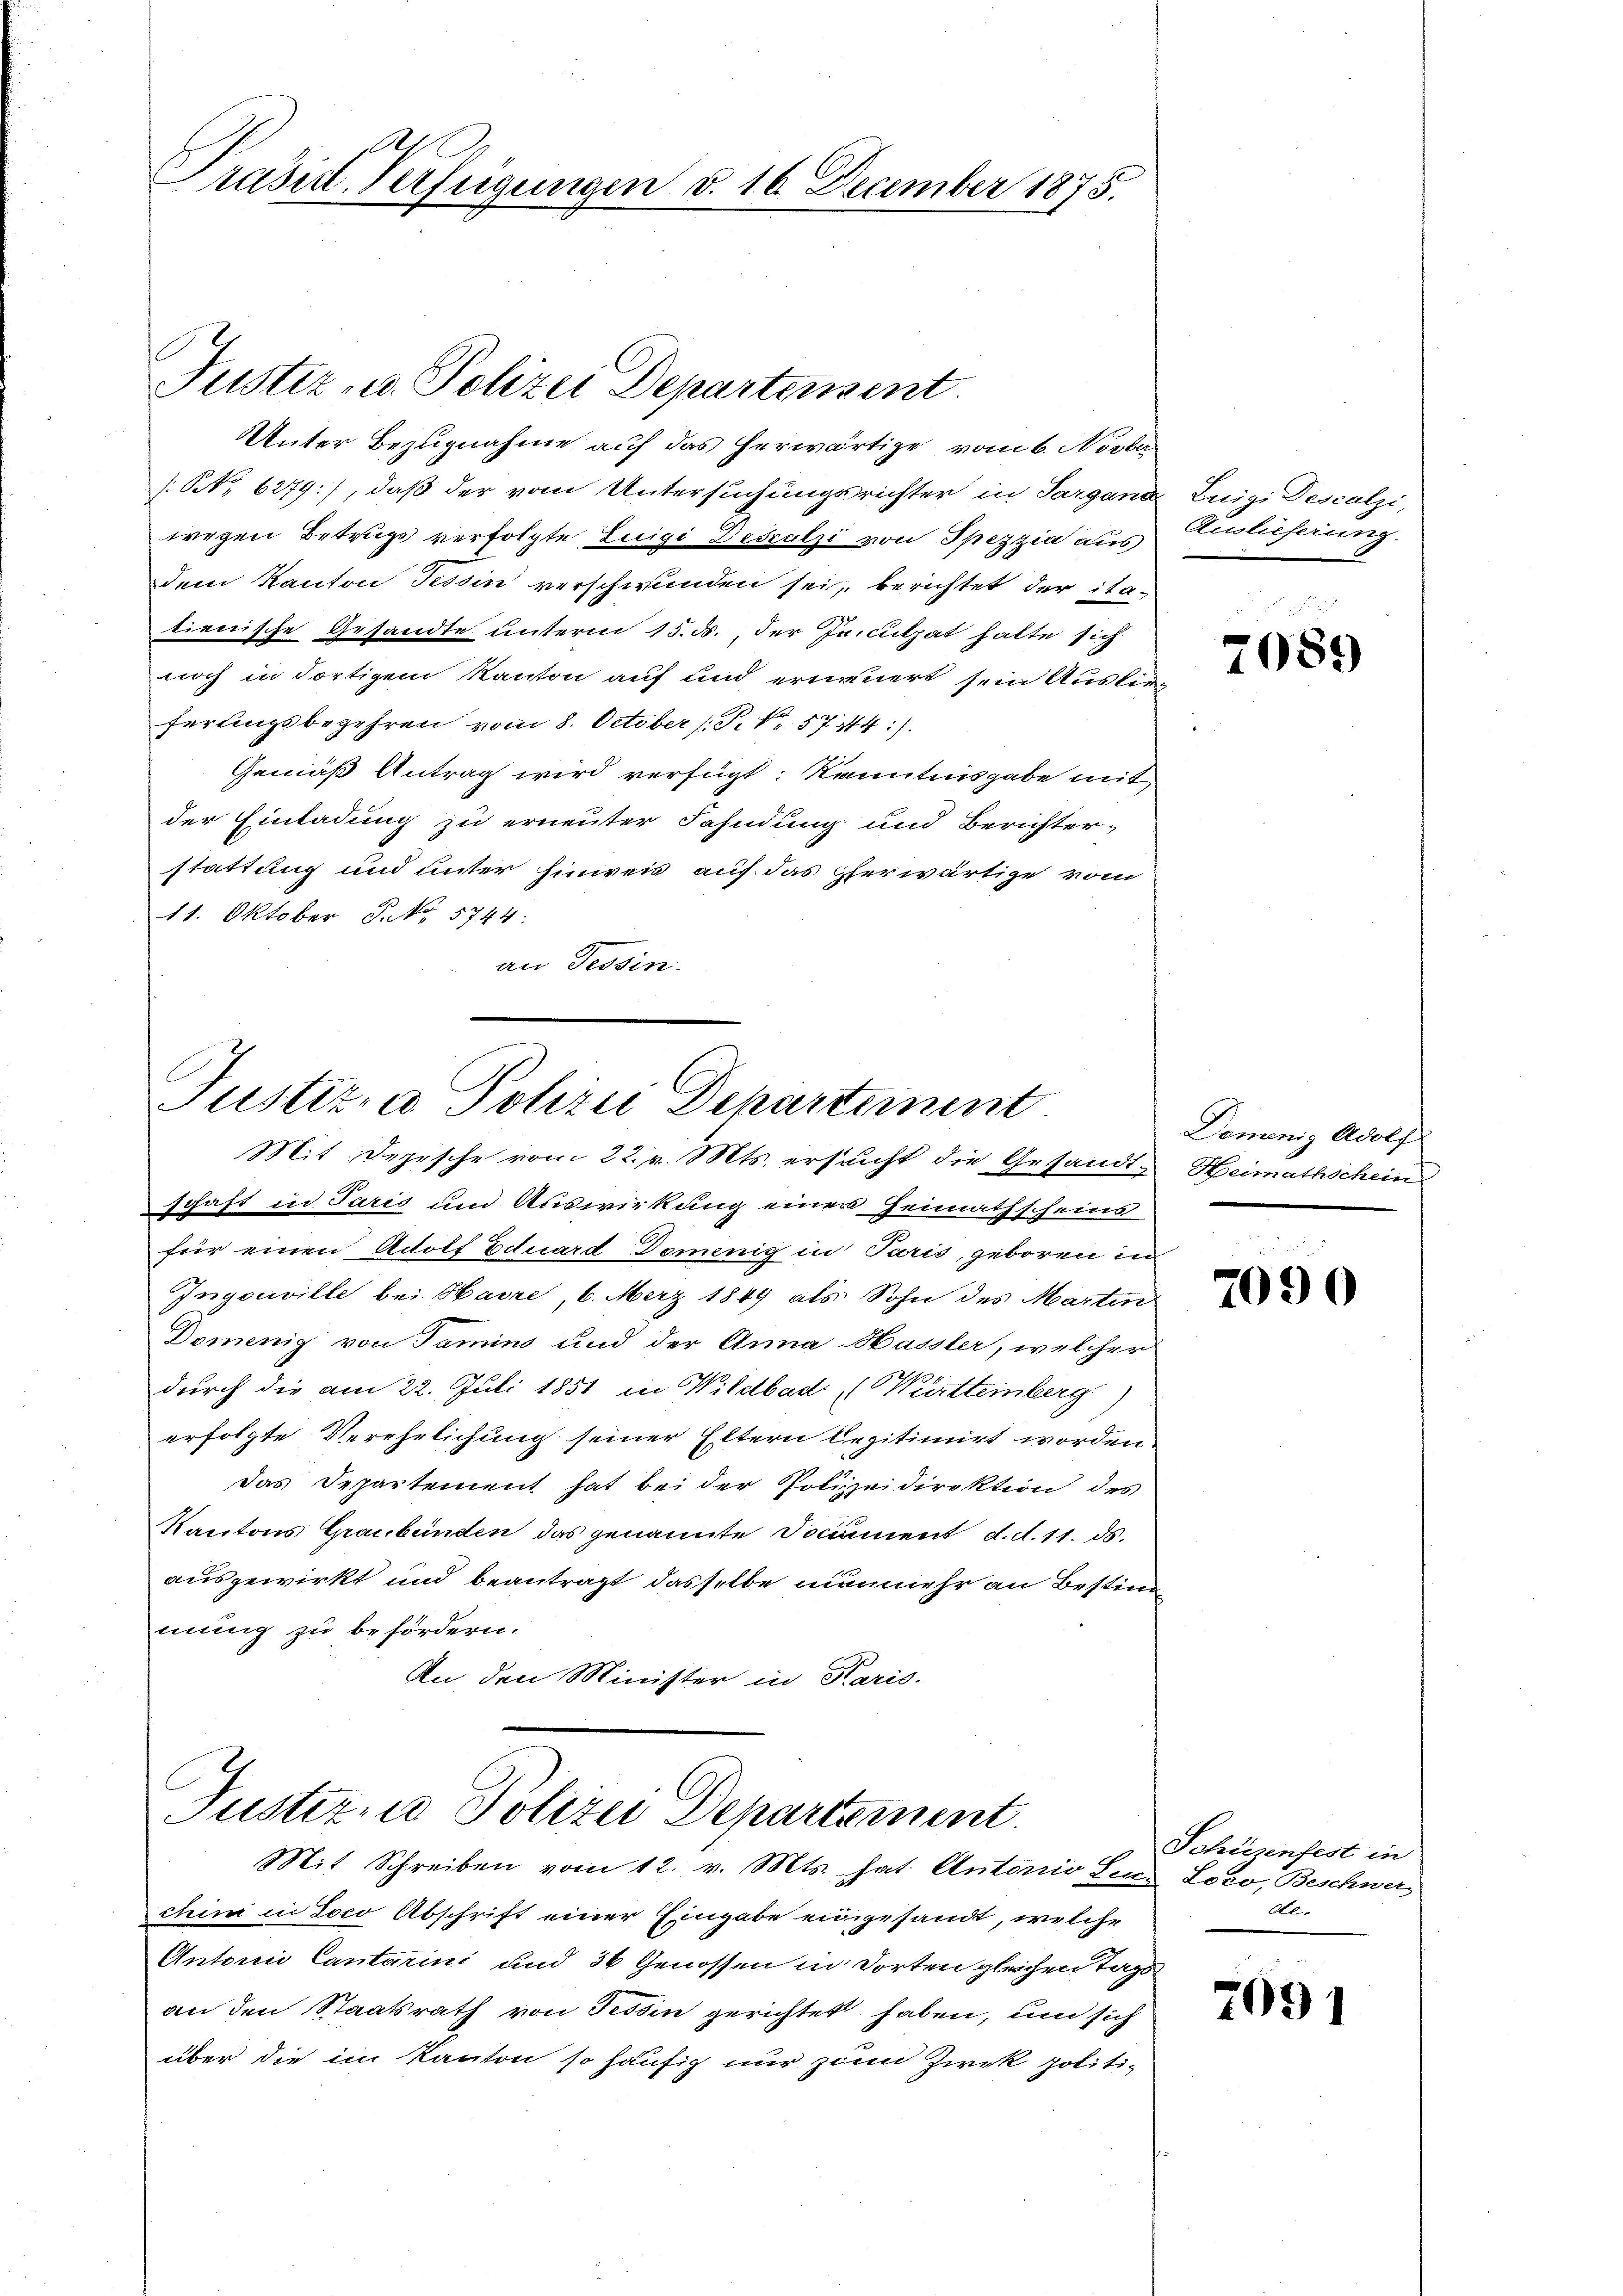
Präside Verfügungen d. 16 December 1875.

Justiz- u. Polizei Departement.

Unter Bezugnahme auf das herwärtige vom 6. Novber
N. 6279), daß der vom Untersuchungsrichter in Sargans
wegen Betrugs verfolgte Luigi Desculzi von Spezzia aus
dem Kanton Tessin verschwunden sei, berichtet der ita-
tienische Gesandte unterm 15. ds., der Jacculpat halte sich
noch in dortigem Kanton auf und erneuert sein Auslieferlingsbegehren vom 8. October [P. Nr. 57114).
Gemäß Antrag wird verfügt: Kenntnisgabe mit
der Einladung zu erneuter Fahndung und Berichter-
stattung und unter hinweis auf das Eherwärtige vom
11. Oktober P. No. 5744.
an Tessin.

Justiz- u Polizei Departement
Mit Depesche vom 22. v. Mts. ersucht die Gesandt¬

schaft in Paris und Auswirkung einer Heimathscheins
für einen Adolf Eduard Domenig in Paris, geboren in
Ingouville bei Havre, 6. März 1849 als Sohn des Martin
Domenig von Tamins und der Anna Hassler, welcher
durch die am 22. Juli 1851 in Wildbad (Württemberg
erfolgte Verehelichung seiner Eltern legitimirt worden.
das Departement hat bei der Polizeidirektion des
Kantons Graubünden das genannte Document d. d. 11. ds.
ausgewirkt und beantragt dasselbe nunmehr an Bestimmung zu befördern.
An den Minister in Karis.

Justiz- u Polizei Departement
Mit Schreiben vom 12. v. Mts. hat. Antonio Senn Loco, Beschwer,

chini in Soco Abschrift einer Eingabe eingesandt, welche
Antonio Cantarini und 36 Genossen in dorten gleichen Tags
an den Staatsrath von Tessin gerichtet haben, um sich
über die im Kanton so häufig nur zum Zwek politi¬

Luigi Descalzi,
Auslieferung.

7089

Demenig Adolf
Heimathschein

7090

Schürenfest in
dte.

7091